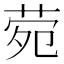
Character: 𬜶